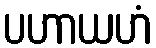
ပဟာယဟံ